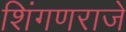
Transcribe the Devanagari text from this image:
शिंगणराजे